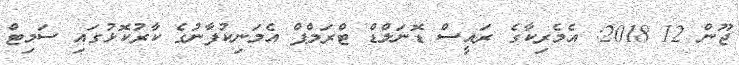
ޖޫން 12 2018: އެމެރިކާގެ ރައީސް ޑޮނަލްޑް ޓްރަމްޕް އެމަނިކުފާނުގެ ކާރުކޮޅުގައި ސަމިޓް